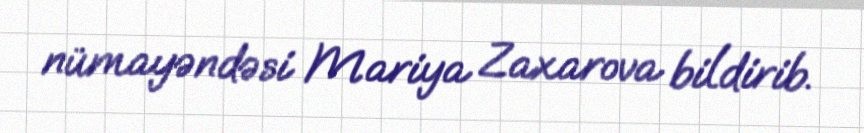
nümayəndəsi Mariya Zaxarova bildirib.